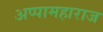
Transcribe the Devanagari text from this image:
अप्पामहाराज